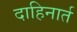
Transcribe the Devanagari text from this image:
दाहिनार्त